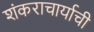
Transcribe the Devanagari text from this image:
शंकराचार्याची